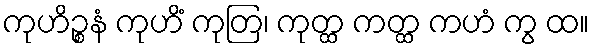
ကုဟိဉ္စနံ ကုဟိံ ကုတြ၊ ကုတ္ထ ကတ္ထ ကဟံ ကွ ထ။